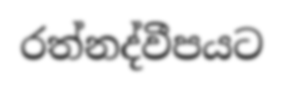
රත්නද්වීපයට